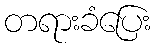
တရားခံပြေး